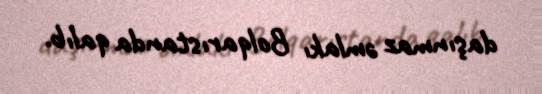
daşınmaz əmlakı Bolqarıstanda qalıb.